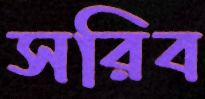
সরিব